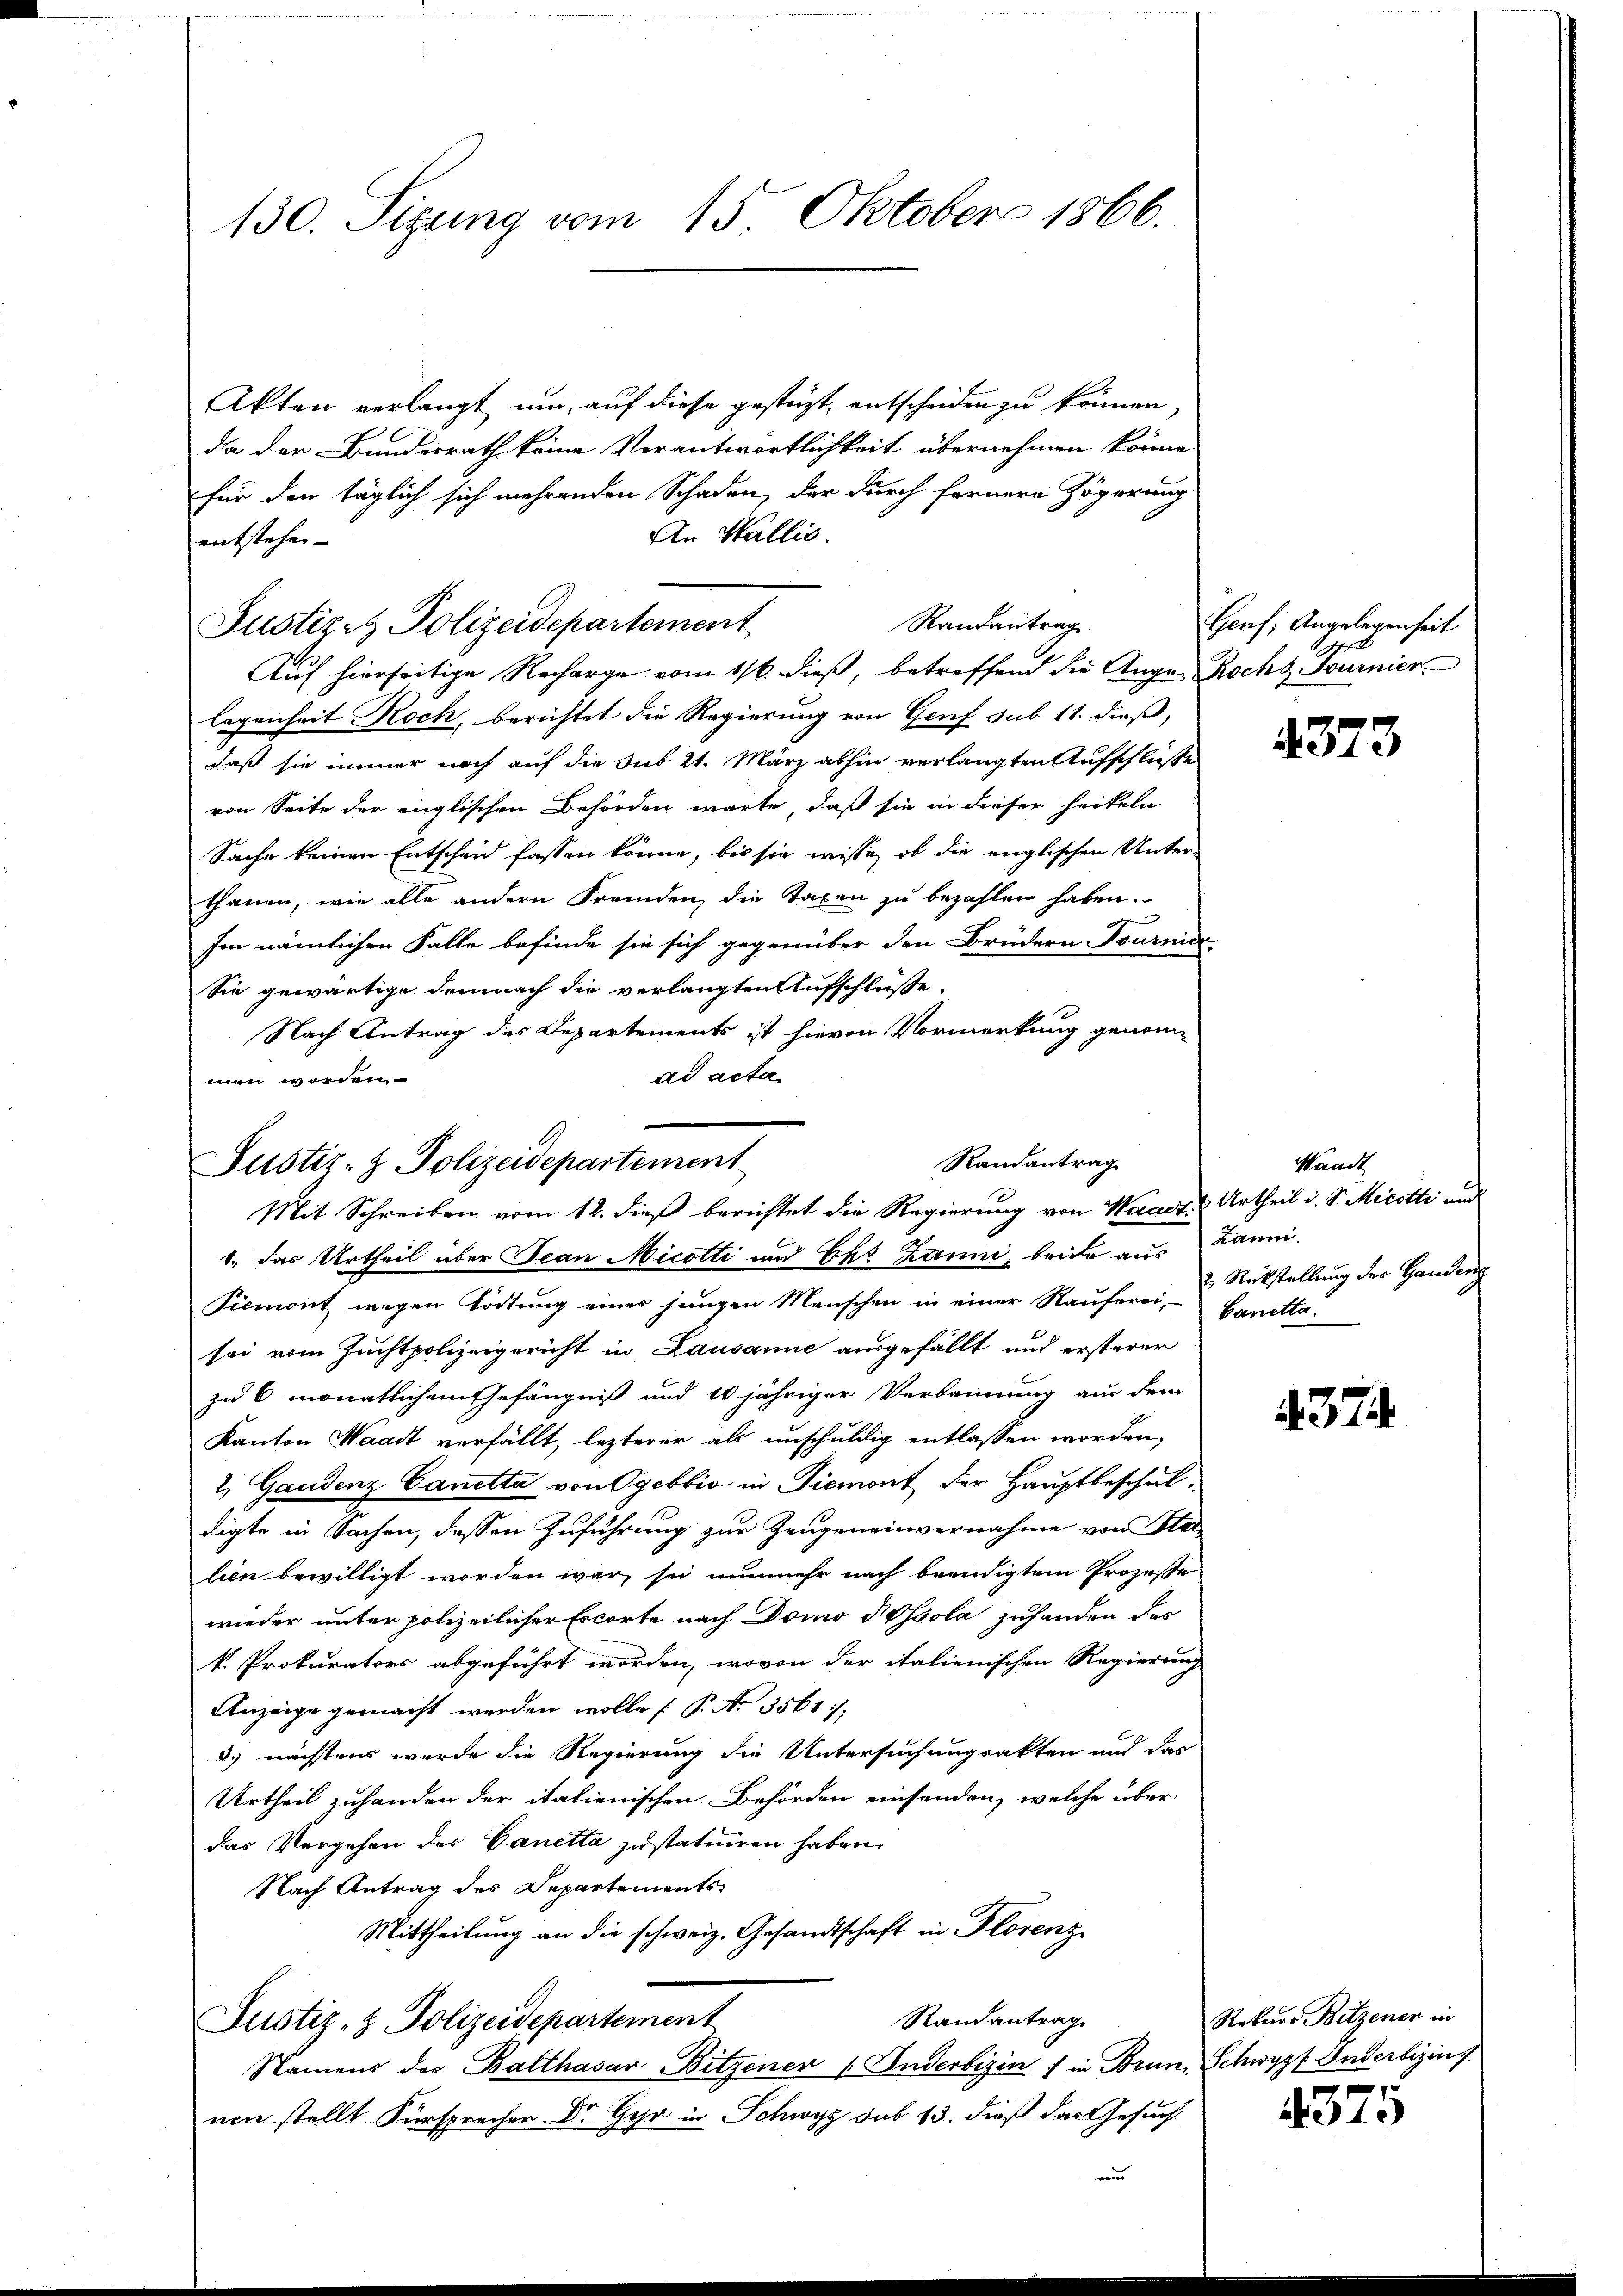
130. Sizung vom 15. Oktober 1866.

Akten verlangt um, auf diese gesteht, entscheiden zu können,
da der Bundesrath keine Verantwortlichkeit übernehmen könne
für den täglich sich mehrenden Schaden, der durch fernere Zögerung
An Wallis.
entstehen
Auf hierseitige Recharge vom 16. dieß, betreffend die Auge Recht Fournier
legenheit Rock, berichtet die Regierung von Genf sub 11. dieß,
daß sie immer noch auf die Sub 21. März abhin verlangten Aufschluße
von Seite der englischen Behörden warte, daß sie in dieser heiteln
Sache keinen Entscheid fassen könne, bis sie wisse, ob die englischen Unterthanen, wie alle andern Fremden, die Taxen zu bezahlen haben.
Im nämlichen Falle befinde sie sich gegenüber den Brüdern Tournier
Sie gewärtige demnach die verlangten Aufschlüsse.
Nach Antrag des Departements ist hievon Vormerkung genom-
ad acta
men worden

Justizet Polizeidepartement

Randantrag
Justiz- & Polizeidepartement
Mit Schreiben vom 12. dieß berichtet die Regierung von Waadt Urtheil d. S. Micotti und

Randantrag

1., das Urtheil über Jean Micotti und Ehe Zanni, beide aus Banni-
Piemont wegen Tödtung einer jungen Menschen in einer Rauferei- & Rückstellung des Handen
sei vom Zuchtpolizeigericht in Lausanne ausgefällt und ersterer
zu 6 monatlichem Gefängniß und 10 jähriger Verbannung aus dem
Kanton Waadt verfällt, lezterer als unschuldig entlassen worden,
2 Gaudenz Canetta von Ogebbio in Piemont der Hauptbeschuldigte in Sachen, dessen Zuführung zur Zeugeneinvernahme von Ster
lien bewilligt worden war, sei nunmehr nach beendigtem Prozesse
wieder unter polizeilicher Erworte nach Domo Isola zuhanden des
k. Prokurators abgeführt worden, wovon der italienischen Regierung
Anzeige gemacht werden wolle P. No 3561,
d. nächstens wurde die Regierung die Untersuchungsakten und das
Urtheil zuhanden der italienischen Behörden einsenden, welche überdas Vergehen der Canetta zustatuiren haben.
Nach Antrag des Departements-
Mittheilung an die schweiz. Gesandtschaft in Florenz
Randantrag
Justiz- & Polizeidepartement
Namens des Balthasar Bitzener Inderbizin f in Brun. Schwyzt Inderbizins
nen stellt Fürsprecher Dr. Gehr in Schwyz sub 13. dieß das Gesuch

Genf; Angelegenheit

4373

Waadt
Canetta.

4374

Rekurs Betzener in

4375